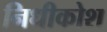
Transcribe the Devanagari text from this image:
निधीकोश